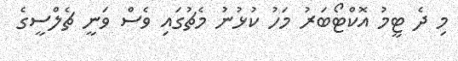
މި ދެ ޓީމު އޮކްޓޯބަރު މަހު ކުޅުނު މެޗުގައި ވެސް ވަނީ ޗެލްސީގެ